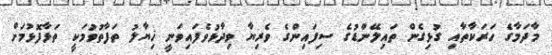
މާދަމާގެ ހަރަކާތާއި ގުޅިގެން ތައިލޭންޑުގެ ސިފައިންގެ ވެރިޔާ ވިދާޅުވެފައިވަނީ ޚިޔާލު ތަފާތުވުމަކީ ތަޅާފޮޅުމަށް